Bréfritari: Árni Árnason
Viðtakandi: Jón Borgfirðings Jónsson
Dagsetning: A-1859-06-30
Skrifað á: Enni  Eyf.

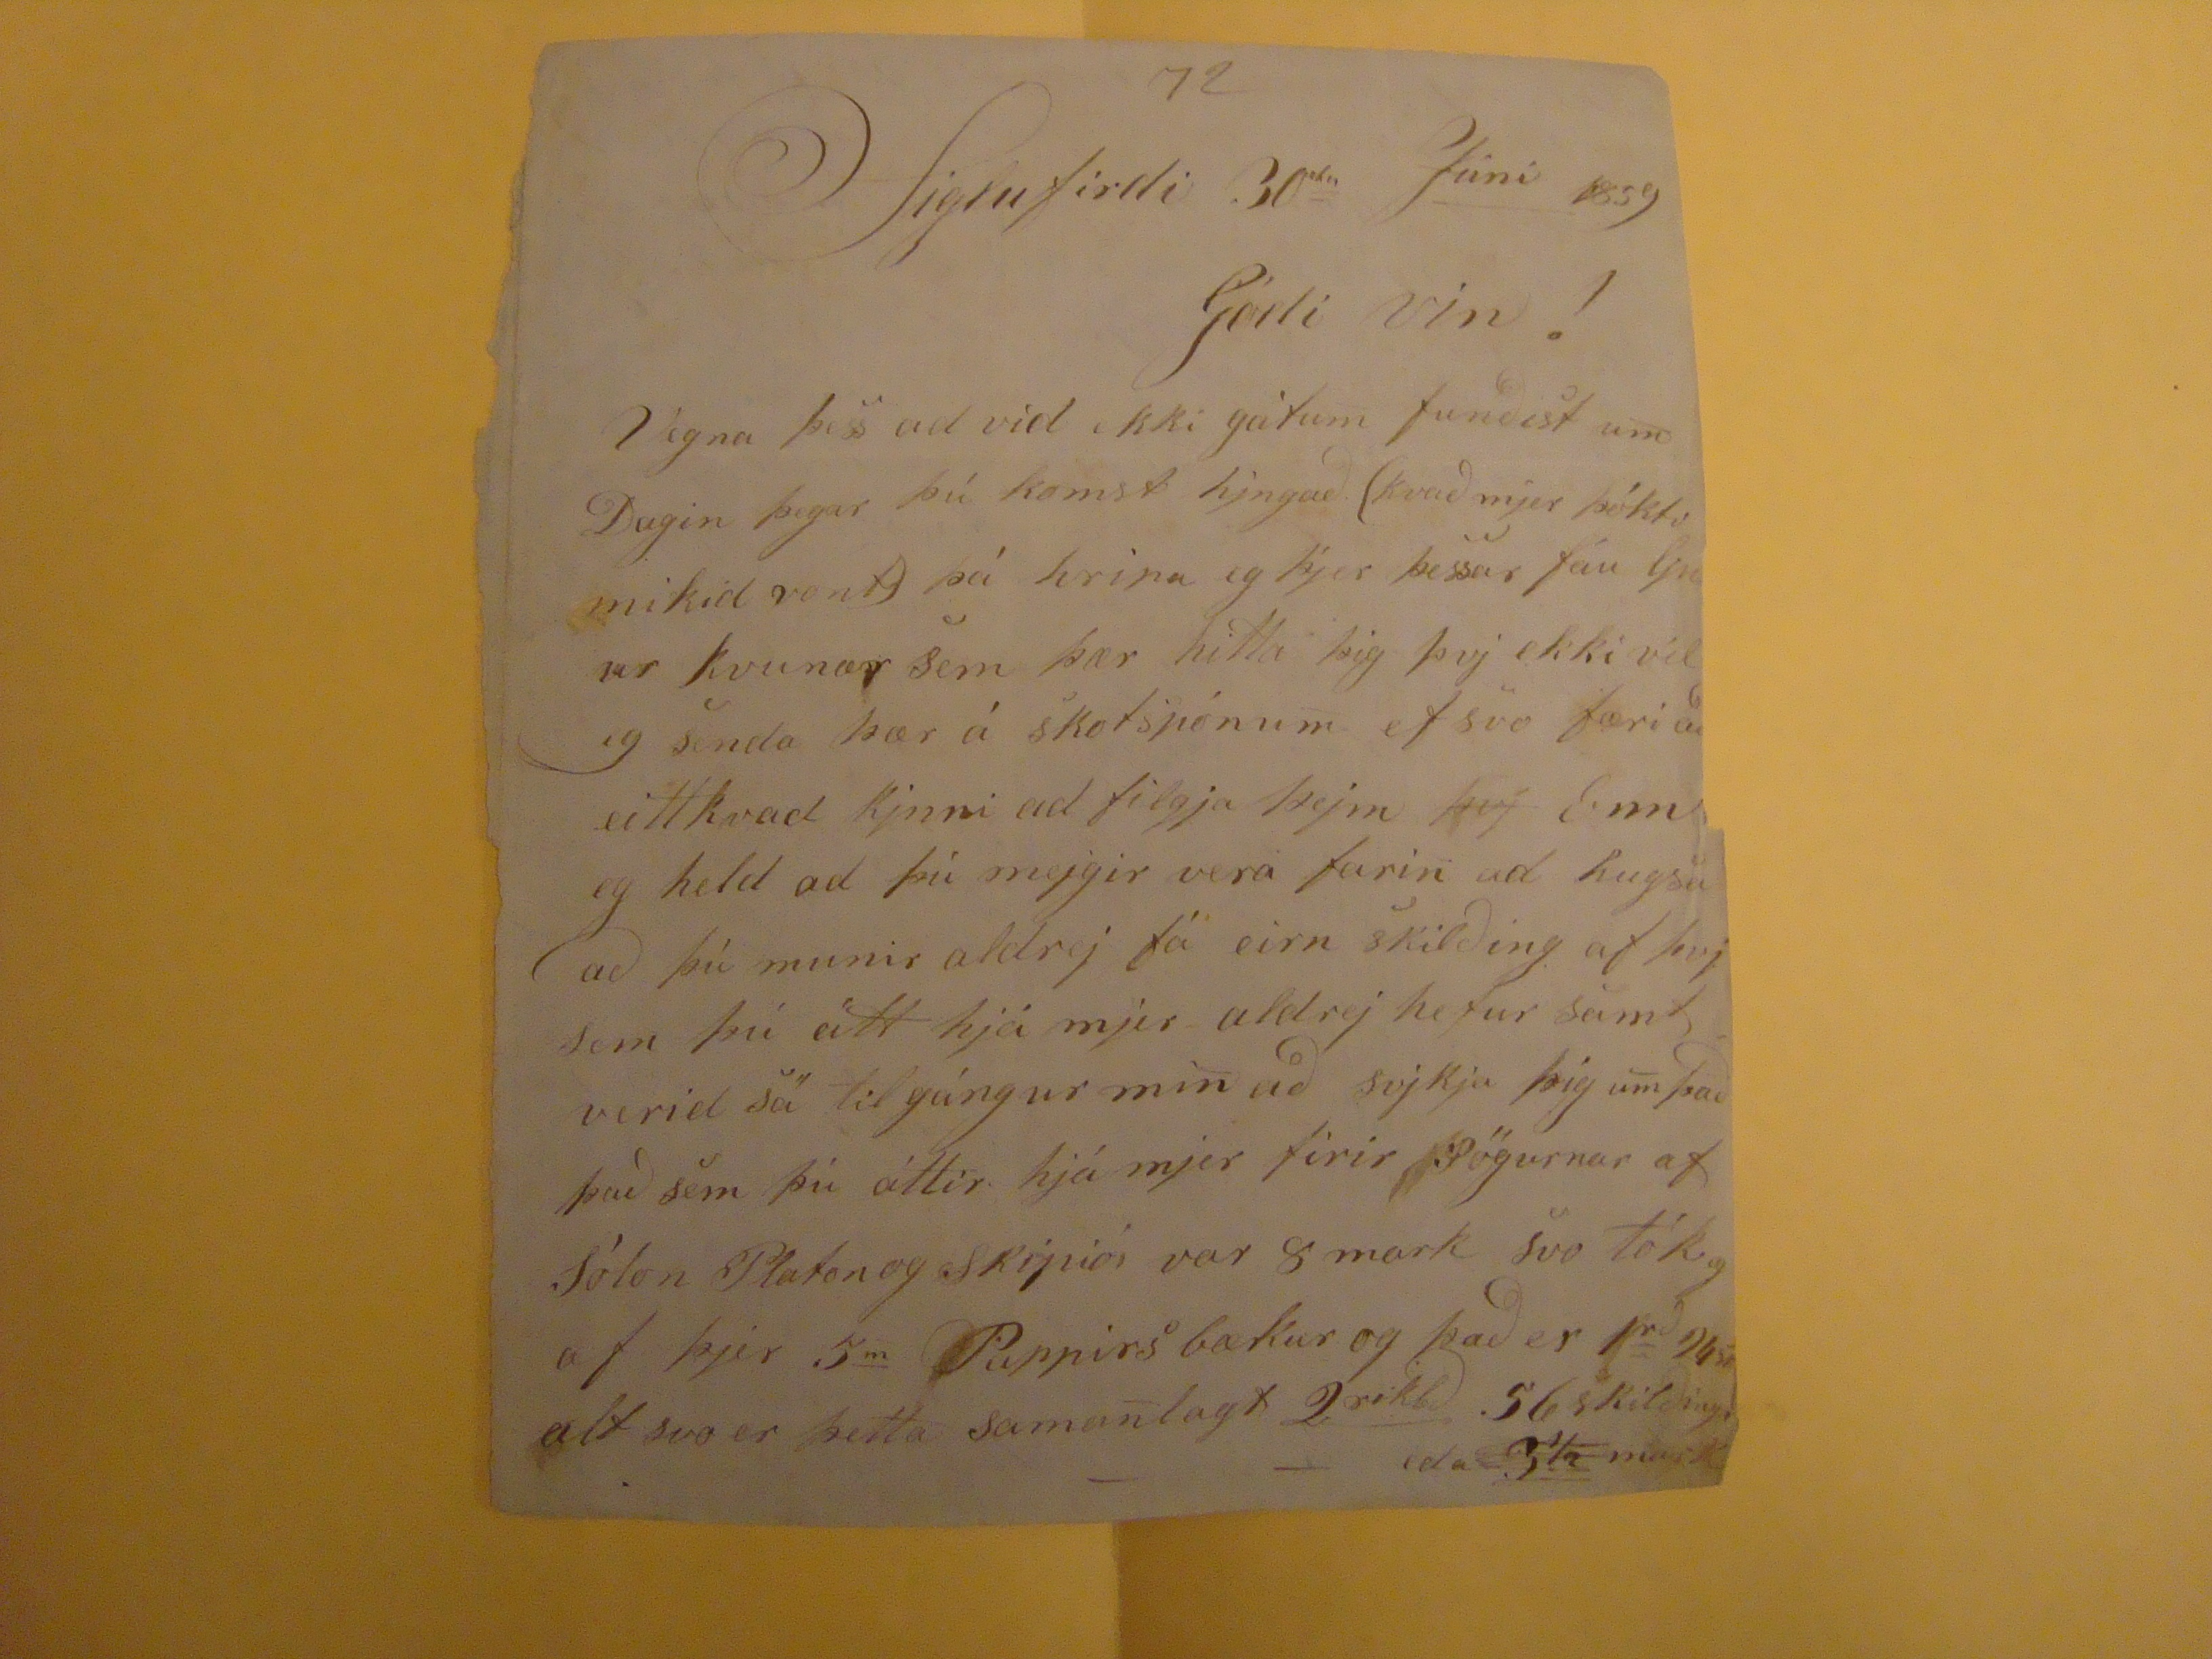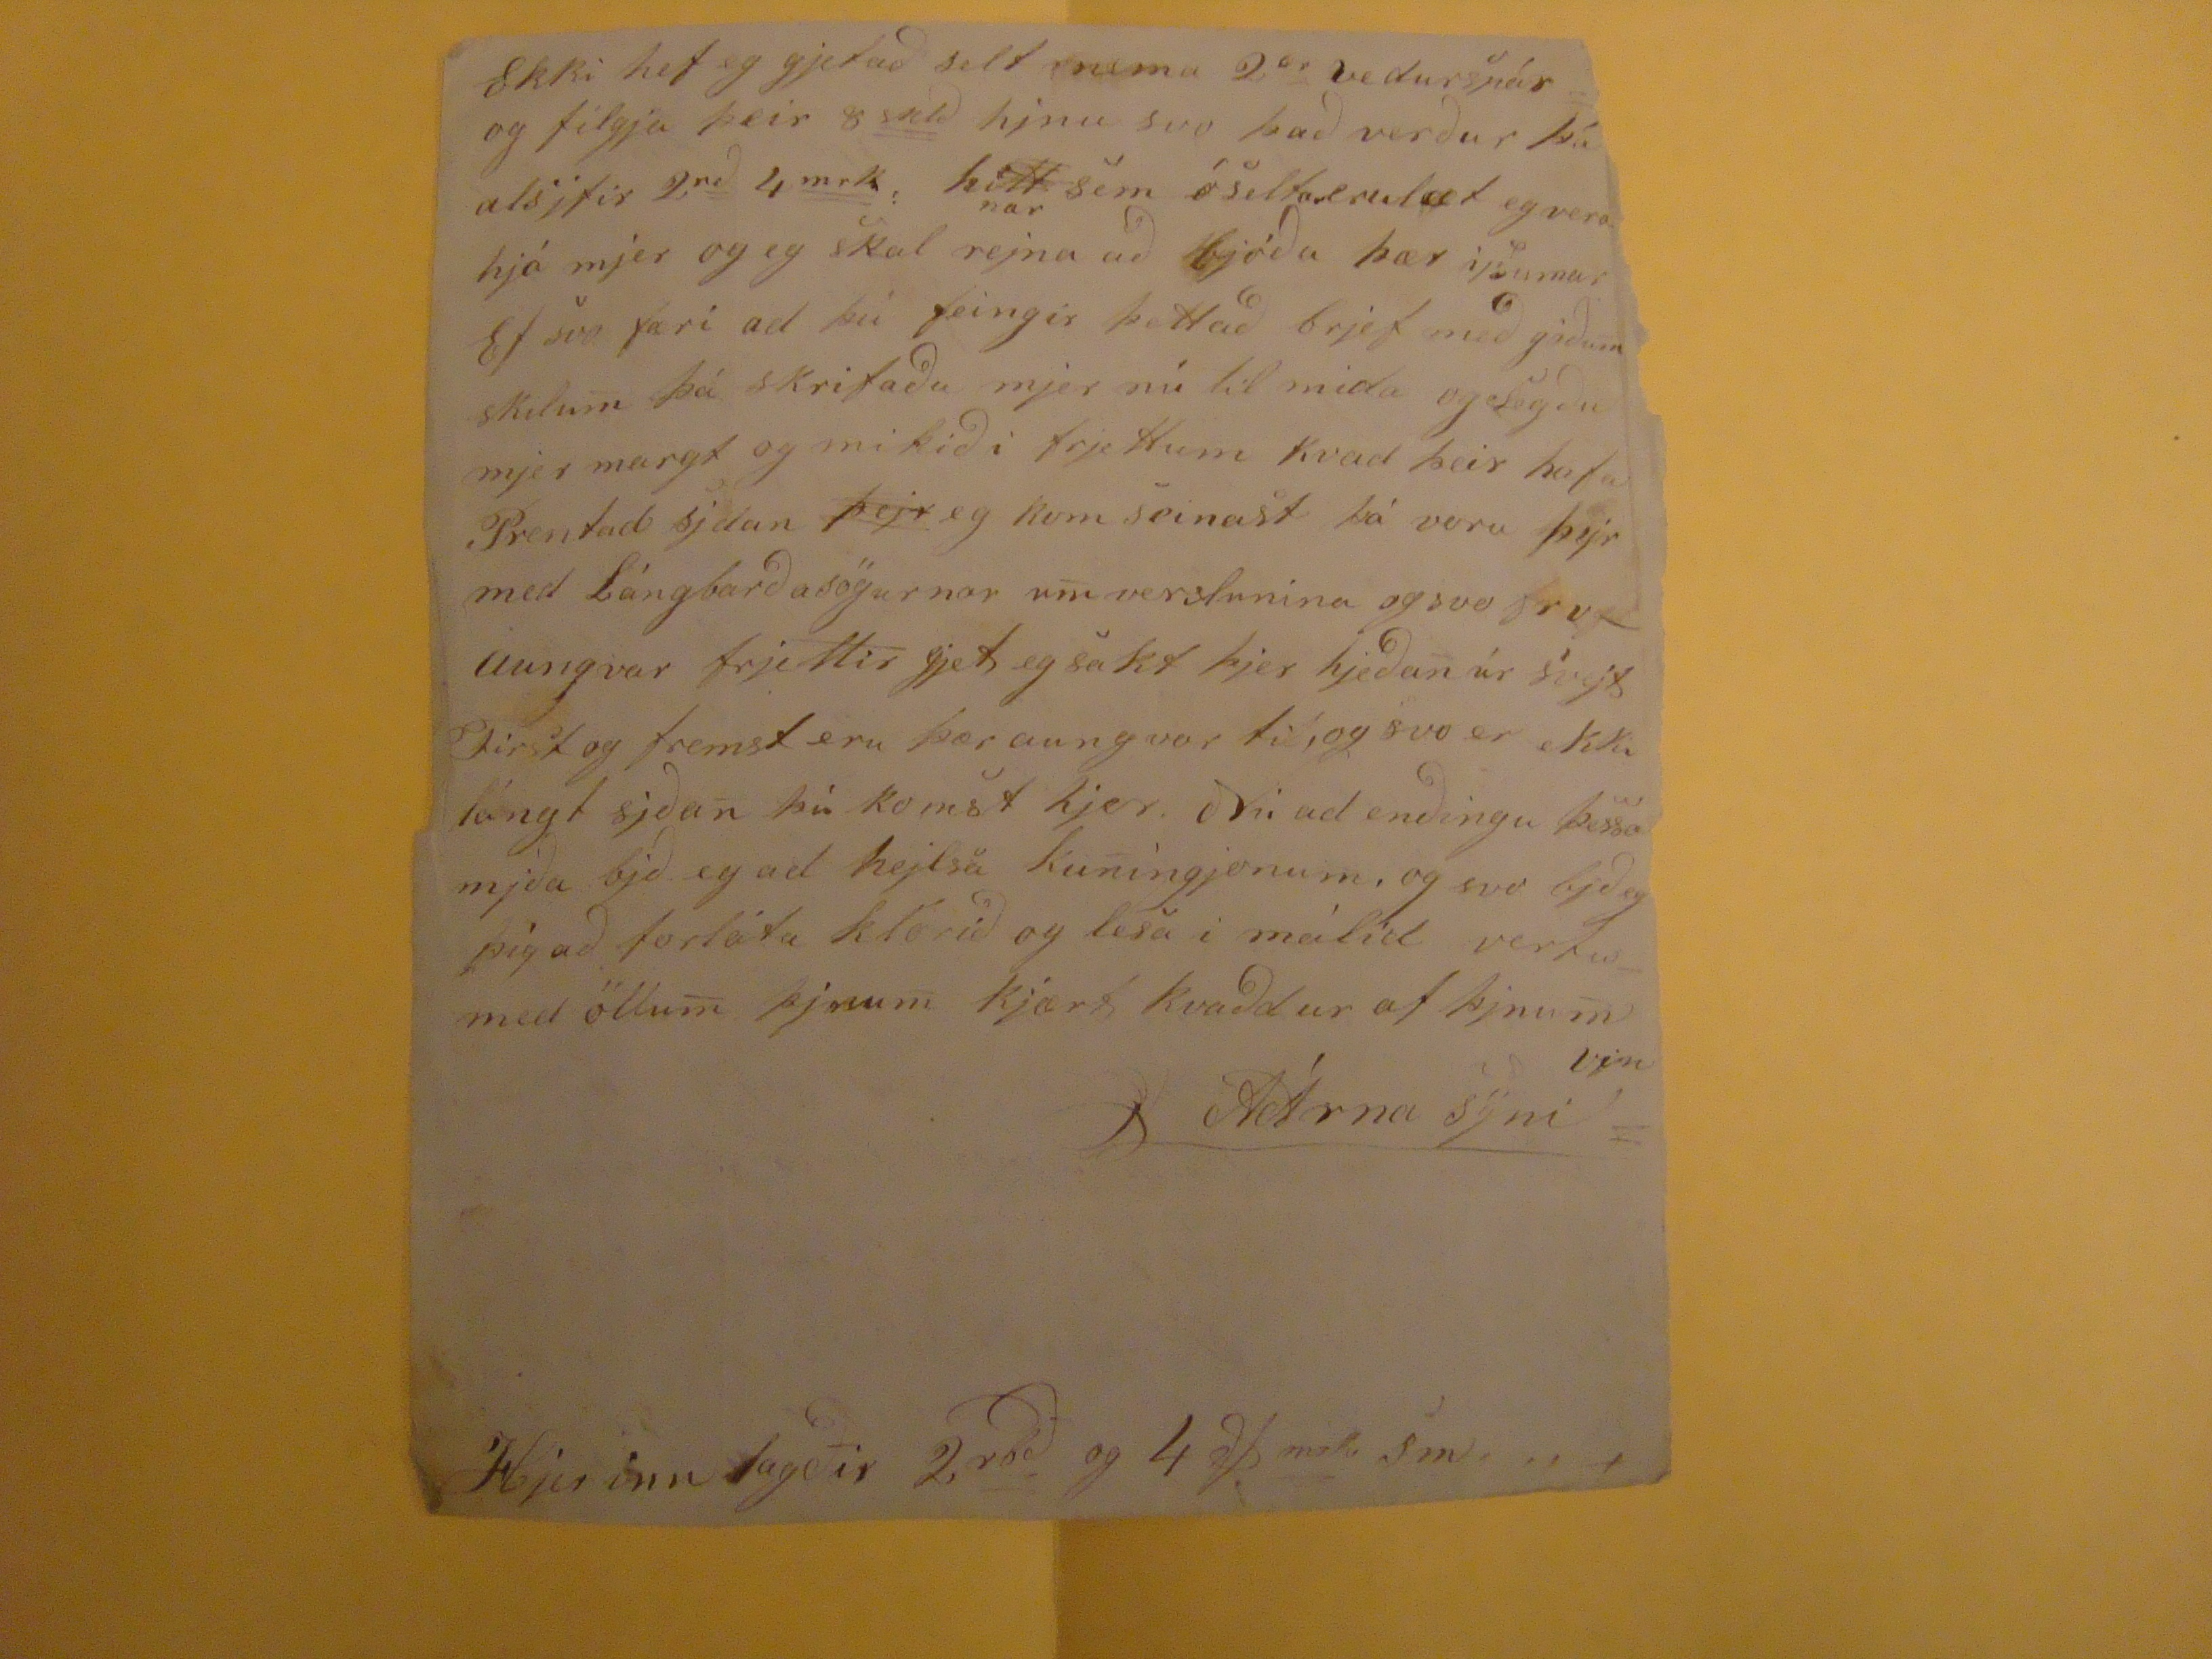

72
Siglufirdi 30
ta
Júni
1859
Gódi vin!
Vegna þess ad vid ekki gátum funðist um Dagin þegar þú komst hjngað (kvað mjer þókti mikið vont) þá hripa eg þjer þessar fáu ljnur kvunær sem þær hitta þig þvj ekki vil eg senda þær á skotspónum ef svo færi að eittkvad kjnni ad filgja þejm
þvj
Enn eg held ad þú mejgir vera farin ad hugsa að þú munir aldrej fá eirn skilðing af þvj sem þú átt hjá mjer aldrej hefur samt verið sá tilgángur min að svjkja þig um
m
það það sem þú áttir hjá mjer firir sögurnar af Sólon Platon og
Skipioi
var 8 mark svo tók eg af þjer 5
m
Pappirs bækur og það er 1
r'
24sk
alt svo er þetta samanlagt 2
rikbð
56 skilinga eða 3 1/2 mark
Ekki hef eg gjetað selt
nema
2
ar
vedurspár og filgja þeir 8
sklð
hjnu svo það verður þá alsjfir 2
rð
4
mrk
hi
tt
nar
sem óseltarerulæt eg vera hjá mjer og eg skal rejna að bjóða þær i/sumar Ef svo færi ad þú feingir þettað brjef með góðum skilum þá skrifaðu mjer nút til mida og segðu mjer margt og mikið i frjettum kvad þeir hafa Prentad sjdan
þejr
eg kom seinast þá voru þejr med Lángbarðasögurnar u
m
verslunina og svo
fruaungvar
frjettir gjet eg sakt þjer hjeðan úr svejt First og fremst eru þær aungvar til og svo er ekki lángt sjðan þú komst hjer. Nú ad enðingu þessa mjða bjð eg ad hejlsa kuningjonum, og svo bjð eg þig að forláta klórið og lesa í málid vertu með öllum þjnum kjært kvaddur af þjnum vin
AÁrna syni
Hjer inn lagðir 2
rbð
og 4
$ mrk sm